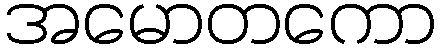
အမောတကော